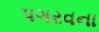
પગરવના